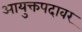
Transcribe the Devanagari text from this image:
आयुक्तपदावर